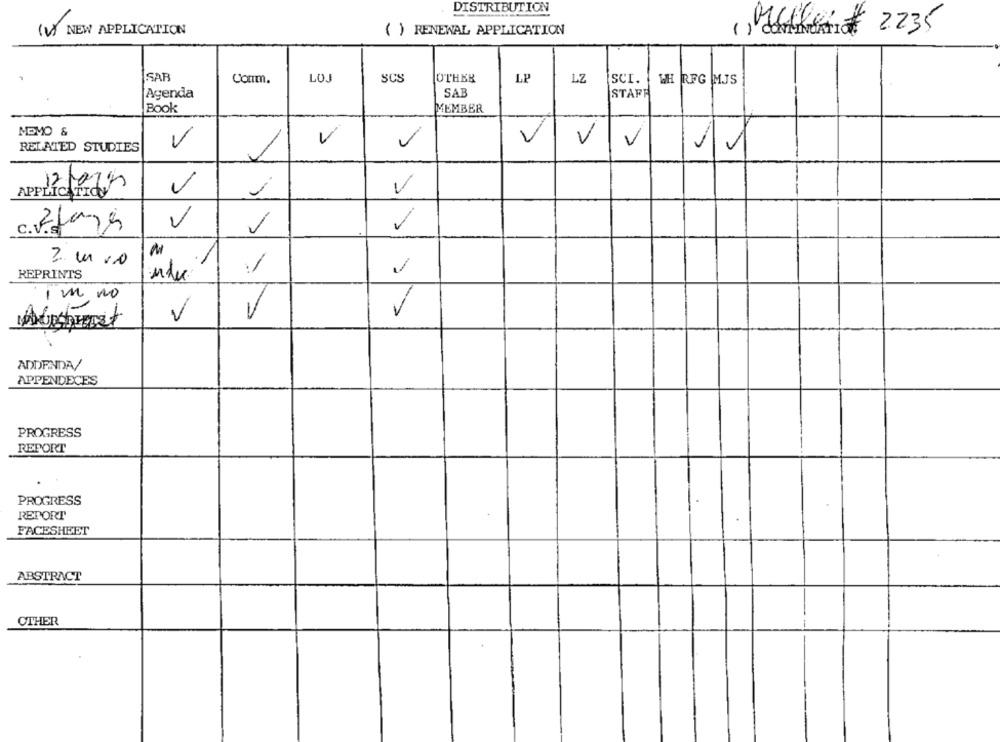
DISTRIBUTION
(V) NEW APPLICATION
( ) RENEWAL APPLICATION
t 2235
SAB
Conm.
LOJ
SCS
OTHER
LP
LZ
SCI. WH RFG MJS
Agenda
SAB
STAFR
Book
MEMBER
MOMO &
V
V
RELATED STUDIES
V
V
APPLICATION
V
C. Afare
REPRINTS
indu
1 m no
V
V
ADDENDA/
APPENDECES
PROGRESS
REPORT
PROGRESS
REPORT
FACESHEET
ABSTRACT
OTHER